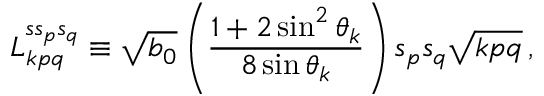
L _ { k p q } ^ { s s _ { p } s _ { q } } \equiv \sqrt { b _ { 0 } } \left( \frac { 1 + 2 \sin ^ { 2 } \theta _ { k } } { 8 \sin \theta _ { k } } \right) s _ { p } s _ { q } \sqrt { k p q } \, ,